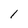
Character: 1